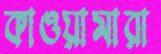
কাওয়ামারা